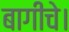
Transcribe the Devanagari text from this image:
बागीचे।